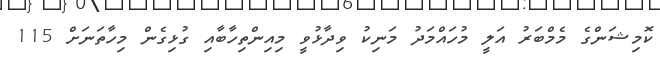
ކޮމިޝަންގެ މެމްބަރު އަލީ މުހައްމަދު މަނިކު ވިދާޅުވީ މިއިންތިހާބާއި ގުޅިގެން މިހާތަނަށް 115